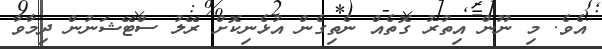
އެވެ. މި ނޫން އިތުރު ގޮތެއް ނެތިގެން އުޅެނިކޮށް ރޭލު ސްޓޭޝަނުން ދިމާވާ